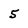
Character: 5